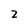
Character: 2